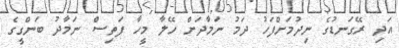
އަދި ރޭގަނޑުގެ ނިދުމަށްފަހު ދަމު ނަމާދަށް ހޭލާ މީހާ ފަތިސް ނަމާދު ބަންގީގެ